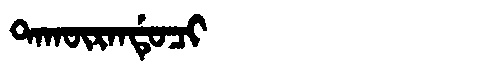
Manchu: ᡨᠠᡴᡡᡵᠠᠨᡩᡠᠴᡳ
Romanization: TAKŪRANDUCI